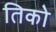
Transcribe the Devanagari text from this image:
तिको